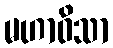
မဟာဝိသာ